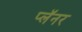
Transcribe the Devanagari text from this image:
प्लॅनर